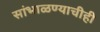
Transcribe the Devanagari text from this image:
सांभाळण्याचीही